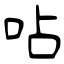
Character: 呫